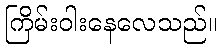
ကြိမ်းဝါးနေလေသည်။